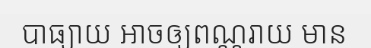
បាធ្យាយ អាចឲ្យពណ្ណរាយ មាន